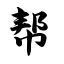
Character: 帮